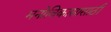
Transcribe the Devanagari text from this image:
मनोविकासासाठी